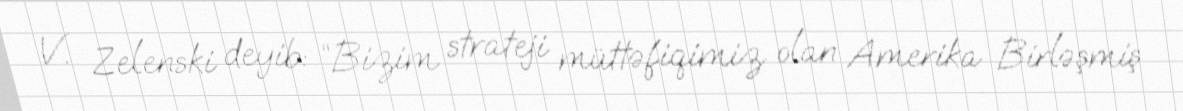
V. Zelenski deyib: “Bizim strateji müttəfiqimiz olan Amerika Birləşmiş